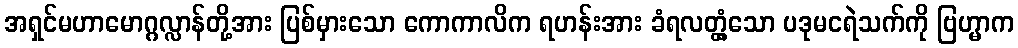
အရှင်မဟာမောဂ္ဂလ္လာန်တို့အား ပြစ်မှားသော ကောကာလိက ရဟန်းအား ခံရလတ္တံ့သော ပဒုမငရဲသက်ကို ဗြဟ္မာက